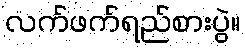
လက်ဖက်ရည်စားပွဲ။